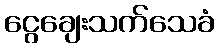
ငွေချေးသက်သေခံ